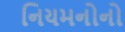
નિયમનોનો